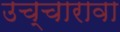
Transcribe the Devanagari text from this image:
उच्चारावा